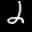
Label: 2